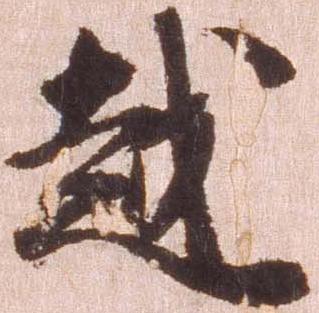
越